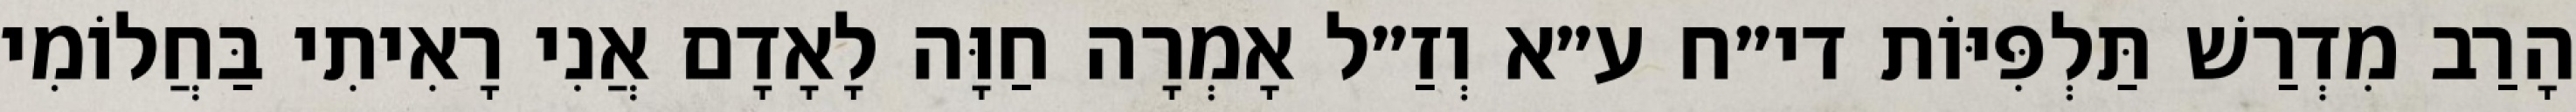
הָרַב מִדְרַשׁ תַּלְפִּיּוֹת די״ח ע״א וְזַ״ל אָמְרָה חַוָּה לָאָדָם אֲנִי רָאִיתִי בַּחֲלוֹמִי